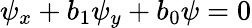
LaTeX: \psi_{x}+b_{1}\psi_{y}+b_{0}\psi=0